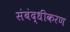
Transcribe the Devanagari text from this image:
संबंद्धीकरण